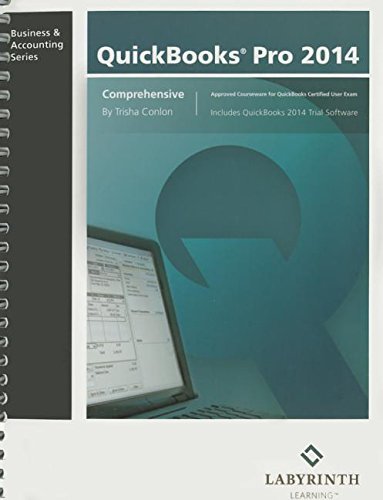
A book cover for QuickBooks Pro 2014: Comprehensive with 140-Day Trial Software; Trisha Conlon; Computers & Technology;